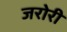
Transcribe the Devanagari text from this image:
जरोरी